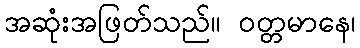
အဆုံးအဖြတ်သည်။ ဝတ္တမာနေ၊